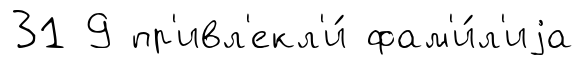
31 9 пр'ивл'екл'и́ фам'и́л'иjа